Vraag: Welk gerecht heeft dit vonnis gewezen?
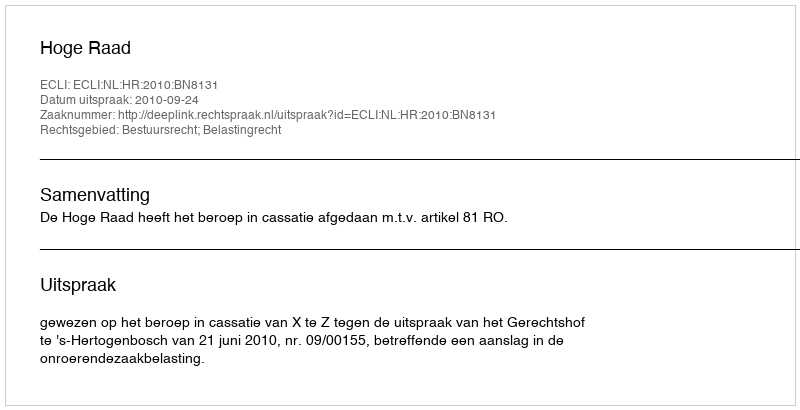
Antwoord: Hoge Raad